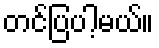
တင်ပြပါ့မယ်။